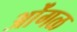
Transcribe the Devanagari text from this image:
ओंगळ